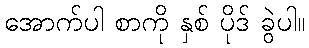
အောက်ပါ စာကို နှစ် ပိုဒ် ခွဲပါ။